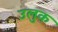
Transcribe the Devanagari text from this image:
उलुक